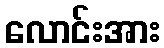
လောင်းအား